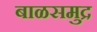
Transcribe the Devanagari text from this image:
बाळसमुद्र